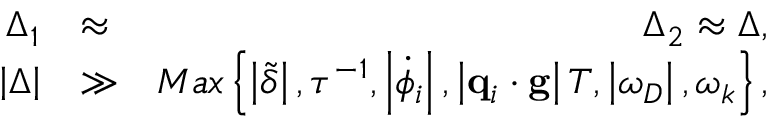
\begin{array} { r l r } { \Delta _ { 1 } } & { \approx } & { \Delta _ { 2 } \approx \Delta , } \\ { \left\vert \Delta \right\vert } & { \gg } & { M a x \left\{ \left\vert \tilde { \delta } \right\vert , \tau ^ { - 1 } , \left\vert \dot { \phi } _ { i } \right\vert , \left\vert \mathbf { q } _ { i } \cdot \mathbf { g } \right\vert T , \left\vert \omega _ { D } \right\vert , \omega _ { k } \right\} , } \end{array}